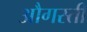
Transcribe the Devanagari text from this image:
औगस्ती